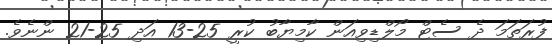
ފުރަތަމަ ދެ ސެޓް މޯލްޑިވިއަން ކާމިޔާބު ކުރީ 25-13 އަދި 25-21 ންނެވެ.